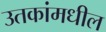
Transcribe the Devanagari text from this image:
उतकांमधील